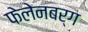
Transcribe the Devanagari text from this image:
फेलेनबर्ग